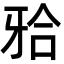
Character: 𬌗